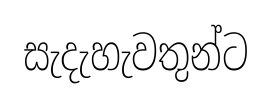
සැදැහැවතුන්ට